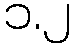
၁.၂